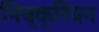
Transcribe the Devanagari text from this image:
निष्क्रियन